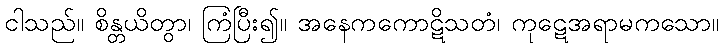
ငါသည်။ စိန္တယိတွာ၊ ကြံပြီး၍။ အနေကကောဋိသတံ၊ ကုဋေအရာမကသော။